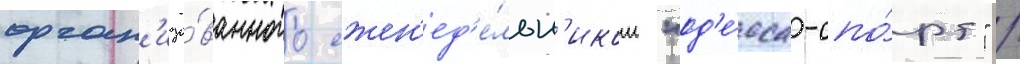
орган'изо́ванного ежен'ед'е́льн'иком "од'е́сса-спо́рт" /